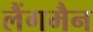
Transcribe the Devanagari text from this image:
लैंगमैन